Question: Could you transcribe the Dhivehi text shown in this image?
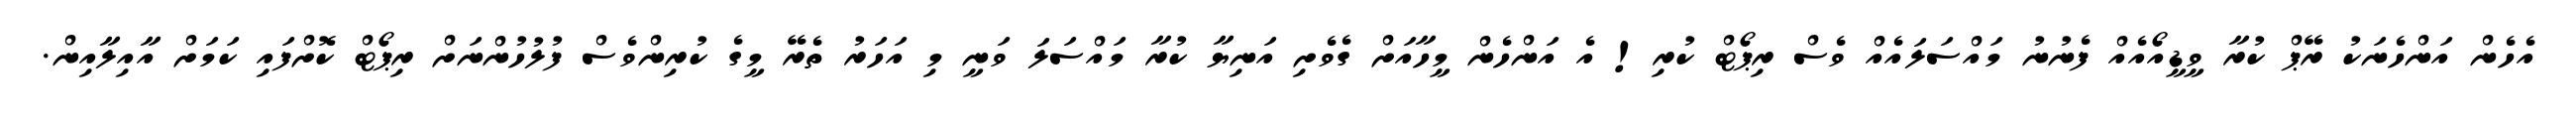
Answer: އެހެން އަންހެނަކު ރޭޕް ކުރާ ވީޑީއޯއެއް ފެނުނު މައްސަލައެއް ވެސް ރިޕޯޓް ކުރި! އެ އަންހެން މީހާއަށް ގެވެށި އަނިޔާ ކުރާ މައްސަލަ ވަނީ މި އަހަރު ތެރޭ މީގެ ކުރިންވެސް ފުލުހުންނަށް ރިޕޯޓް ކޮށްފައި ކަމަށް އާއިލާއިން.